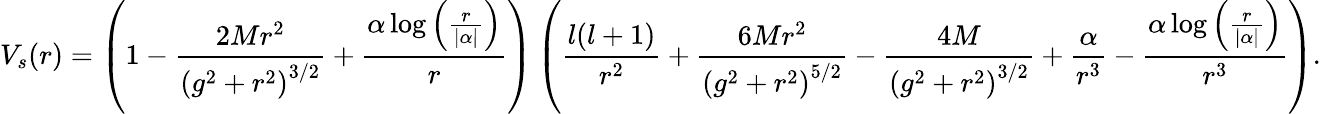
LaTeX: V_{s}(r)=\left(1-\frac{2Mr^{2}}{\left(g^{2}+r^{2}\right)^{3/2}}+\frac{\alpha\log\left(\frac{r}{\vert\alpha\vert}\right)}{r}\right)\left(\frac{l(l+1)}{r^{2}}+\frac{6Mr^{2}}{\left(g^{2}+r^{2}\right)^{5/2}}-\frac{4M}{\left(g^{2}+r^{2}\right)^{3/2}}+\frac{\alpha}{r^{3}}-\frac{\alpha\log\left(\frac{r}{\operatorname{\vert\alpha\vert}}\right)}{r^{3}}\right).